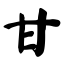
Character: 甘